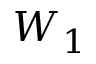
W _ { 1 }